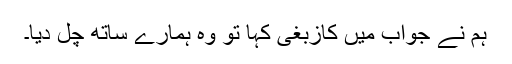
ہم نے جواب میں کازبغی کہا تو وہ ہمارے ساتھ چل دیا۔